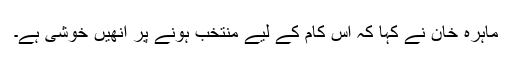
ماہرہ خان نے کہا کہ اس کام کے لیے منتخب ہونے پر انھیں خوشی ہے۔